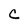
Character: C